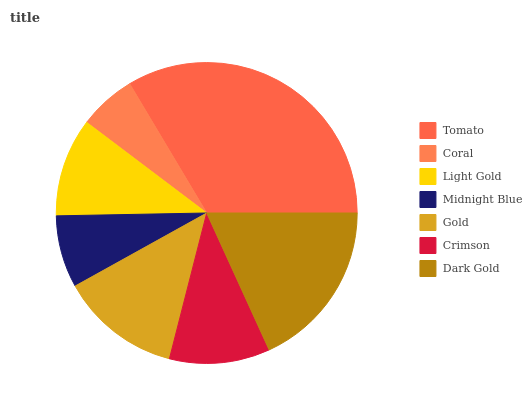
| Tomato | Coral | Light Gold | Midnight Blue | Gold | Crimson | Dark Gold |
 | --- | --- | --- | --- | --- | --- | --- |
 | 33.6% | 6.14% | 10.6% | 7.77% | 13% | 10.8% | 18.1% |